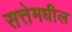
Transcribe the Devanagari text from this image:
सत्तेमधील